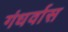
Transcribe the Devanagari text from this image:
गंधर्वास